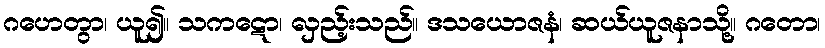
ဂဟေတွာ၊ ယူ၍။ သကဋော၊ လှည့်းသည်။ ဒသယောဇနံ၊ ဆယ်ယူဇနာသို့။ ဂတော၊